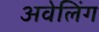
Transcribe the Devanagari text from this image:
अवेलिंग